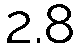
2.8